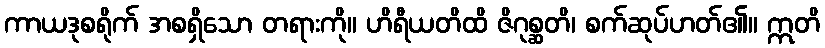
ကာယဒုစရိုက် အစရှိသော တရားကို။ ဟိရီယတိထိ ဇိဂုစ္ဆတိ၊ စက်ဆုပ်ဟတ်၏။ ဣတိ